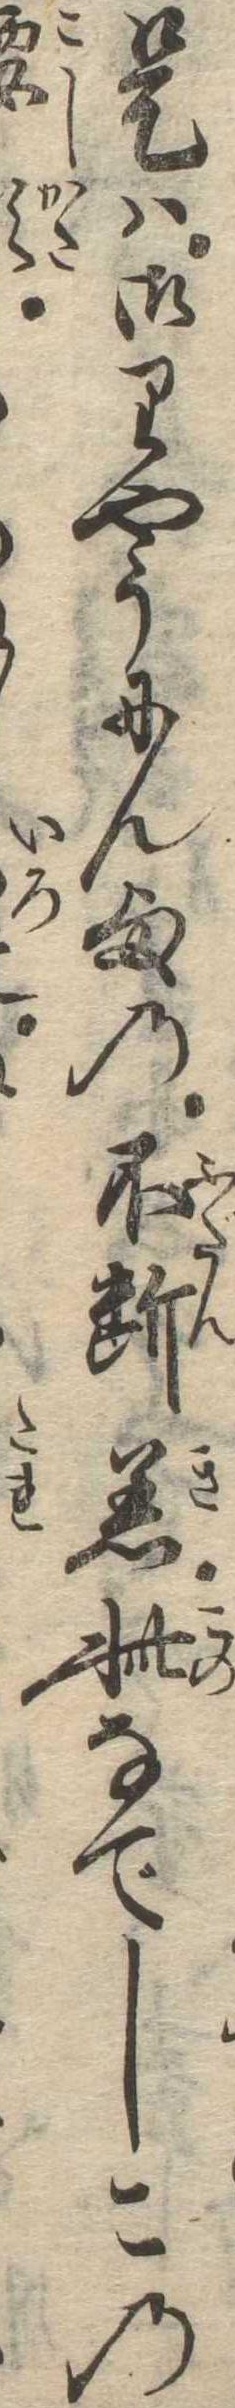
是は御りやうにん様の不断着此なでしこの